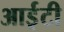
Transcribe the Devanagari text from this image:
आई़़टी